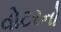
વોટરનો